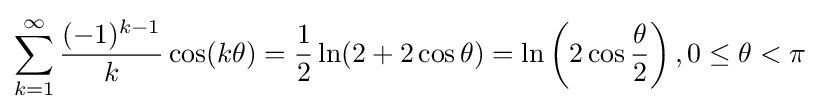
\sum _{k=1}^{\infty }{\frac {(-1)^{k-1}}{k}}\cos(k\theta )={\frac {1}{2}}\ln(2+2\cos \theta )=\ln \left(2\cos {\frac {\theta }{2}}\right),0\leq \theta <\pi